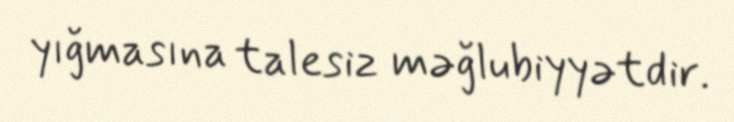
yığmasına talesiz məğlubiyyətdir.